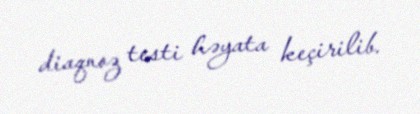
diaqnoz testi həyata keçirilib.